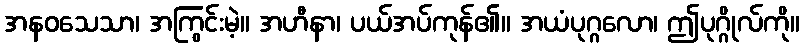
အနဝသေသာ၊ အကြွင်းမဲ့။ အဟီနာ၊ ပယ်အပ်ကုန်၏။ အယံပုဂ္ဂလော၊ ဤပုဂ္ဂိုလ်ကို။